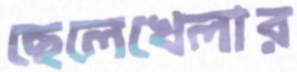
ছেলেখেলার